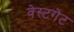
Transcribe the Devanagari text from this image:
वेस्टगेट